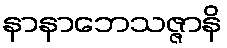
နာနာဘေသဇ္ဇာနိ